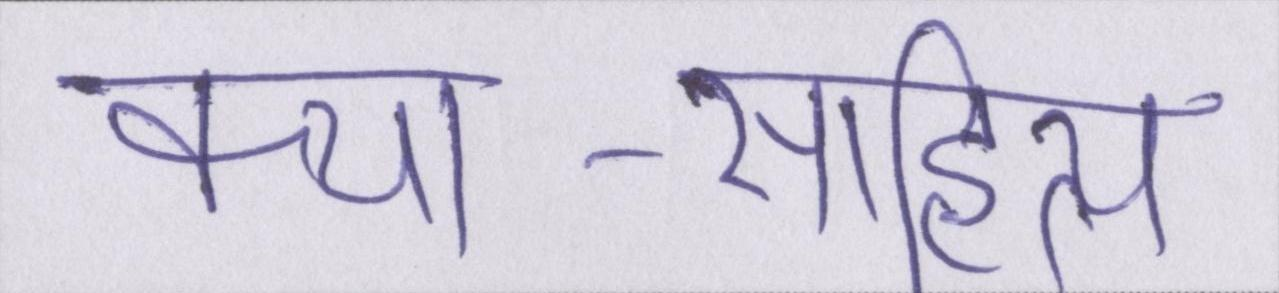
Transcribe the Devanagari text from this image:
कथा-साहित्य